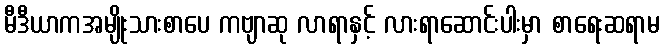
မီဒီယာကအမျိုးသားစာပေ ကဗျာဆု လာရာနှင့် လားရာဆောင်းပါးမှာ စာရေးဆရာမ